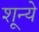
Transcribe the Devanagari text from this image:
शून्ये